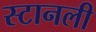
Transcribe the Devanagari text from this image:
स्टानली